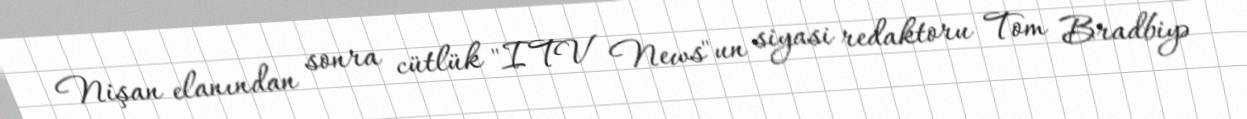
Nişan elanından sonra cütlük "ITV News"un siyasi redaktoru Tom Bradbiyə